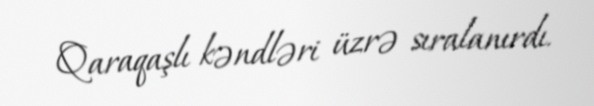
Qaraqaşlı kəndləri üzrə sıralanırdı.